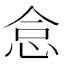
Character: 𢙅